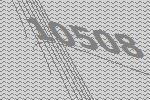
10508